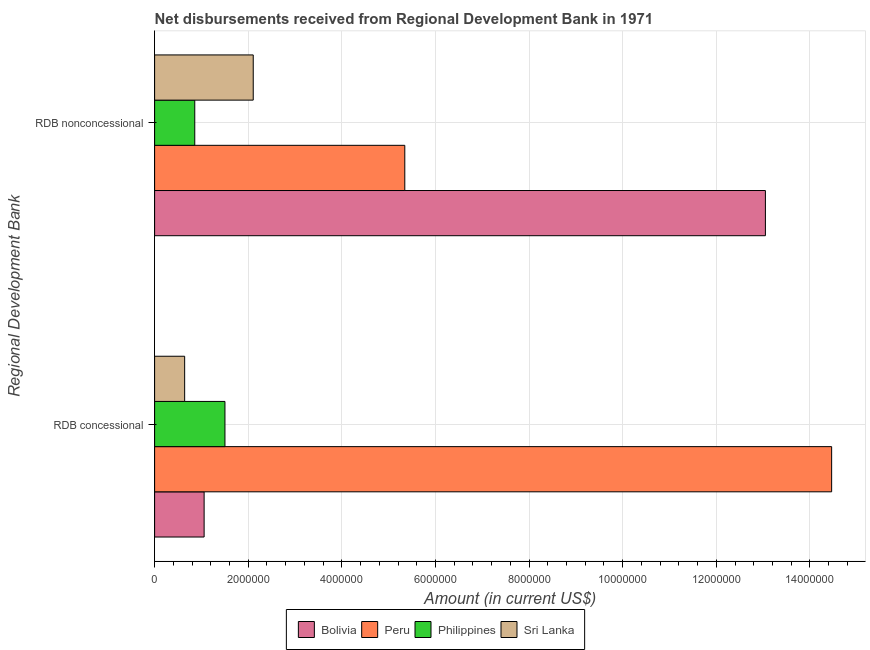
| Regional Development Bank | Bolivia | Peru | Philippines | Sri Lanka |
 | --- | --- | --- | --- | --- |
 | RDB concessional | 1.06e+06 | 1.45e+07 | 1.5e+06 | 6.42e+05 |
 | RDB nonconcessional | 1.3e+07 | 5.34e+06 | 8.58e+05 | 2.11e+06 |